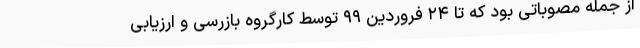
از جمله مصوباتی بود که تا ۲۴ فروردین ۹۹ توسط کارگروه بازرسی و ارزیابی